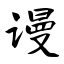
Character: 谩